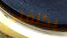
يكلفني